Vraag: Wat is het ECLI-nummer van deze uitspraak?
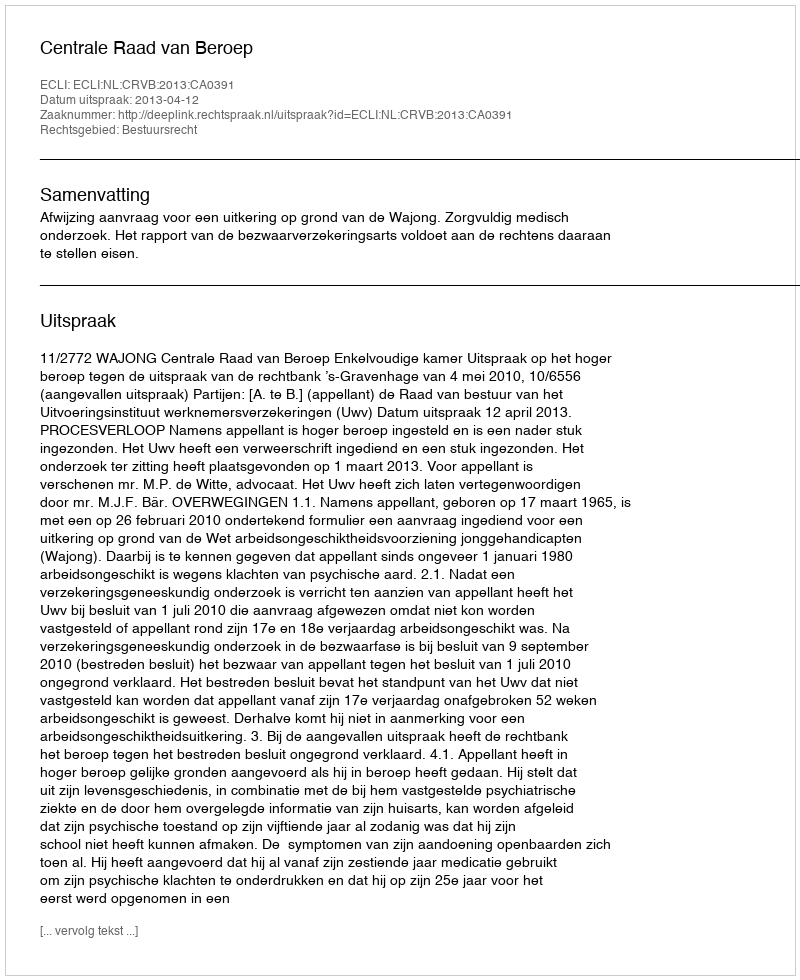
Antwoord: ECLI:NL:CRVB:2013:CA0391